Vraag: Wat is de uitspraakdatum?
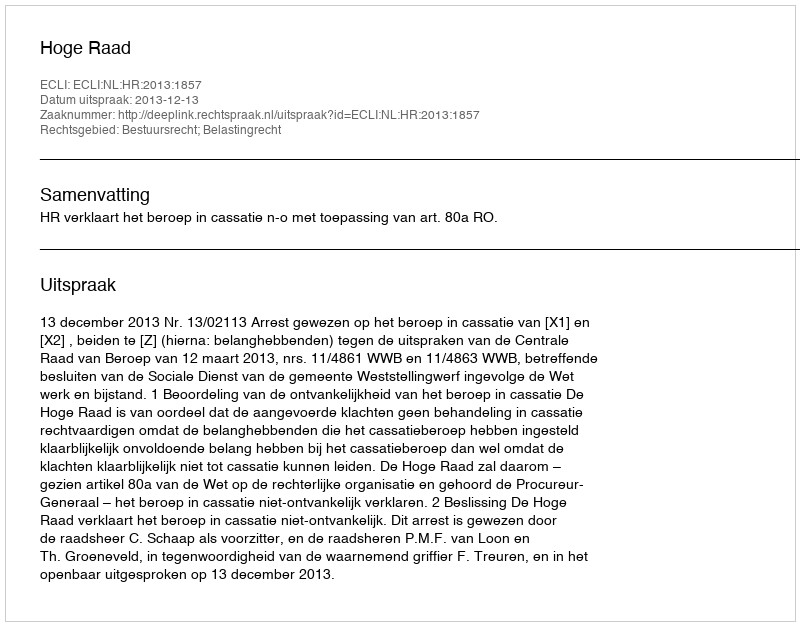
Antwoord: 2013-12-13